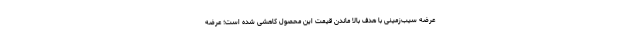
عرضه سیب‌زمینی با هدف بالا ماندن قیمت این محصول کاهشی شده است؛ عرضه